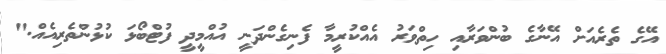
އޭގެ ތެރެއަށް އޭނާގެ ބުންވަރާއި ހިތްވަރު އެއްކުރީމާ ފެނިގެންދަނީ އުއްމީދީ ފުޓްބޯޅަ ކުޅުންތެރިއެއް."